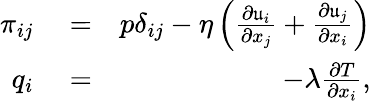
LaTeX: \begin{array}{rlr}{\pi_{ij}}&{{}=}&{p\delta_{ij}-\eta\left(\frac{\partial{\mathfrak u}_{i}}{\partial x_{j}}+\frac{\partial{\mathfrak u}_{j}}{\partial x_{i}}\right)}\\ {q_{i}}&{{}=}&{-\lambda\frac{\partial T}{\partial x_{i}},}\end{array}